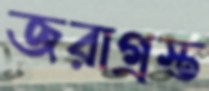
জরাগ্রস্ত